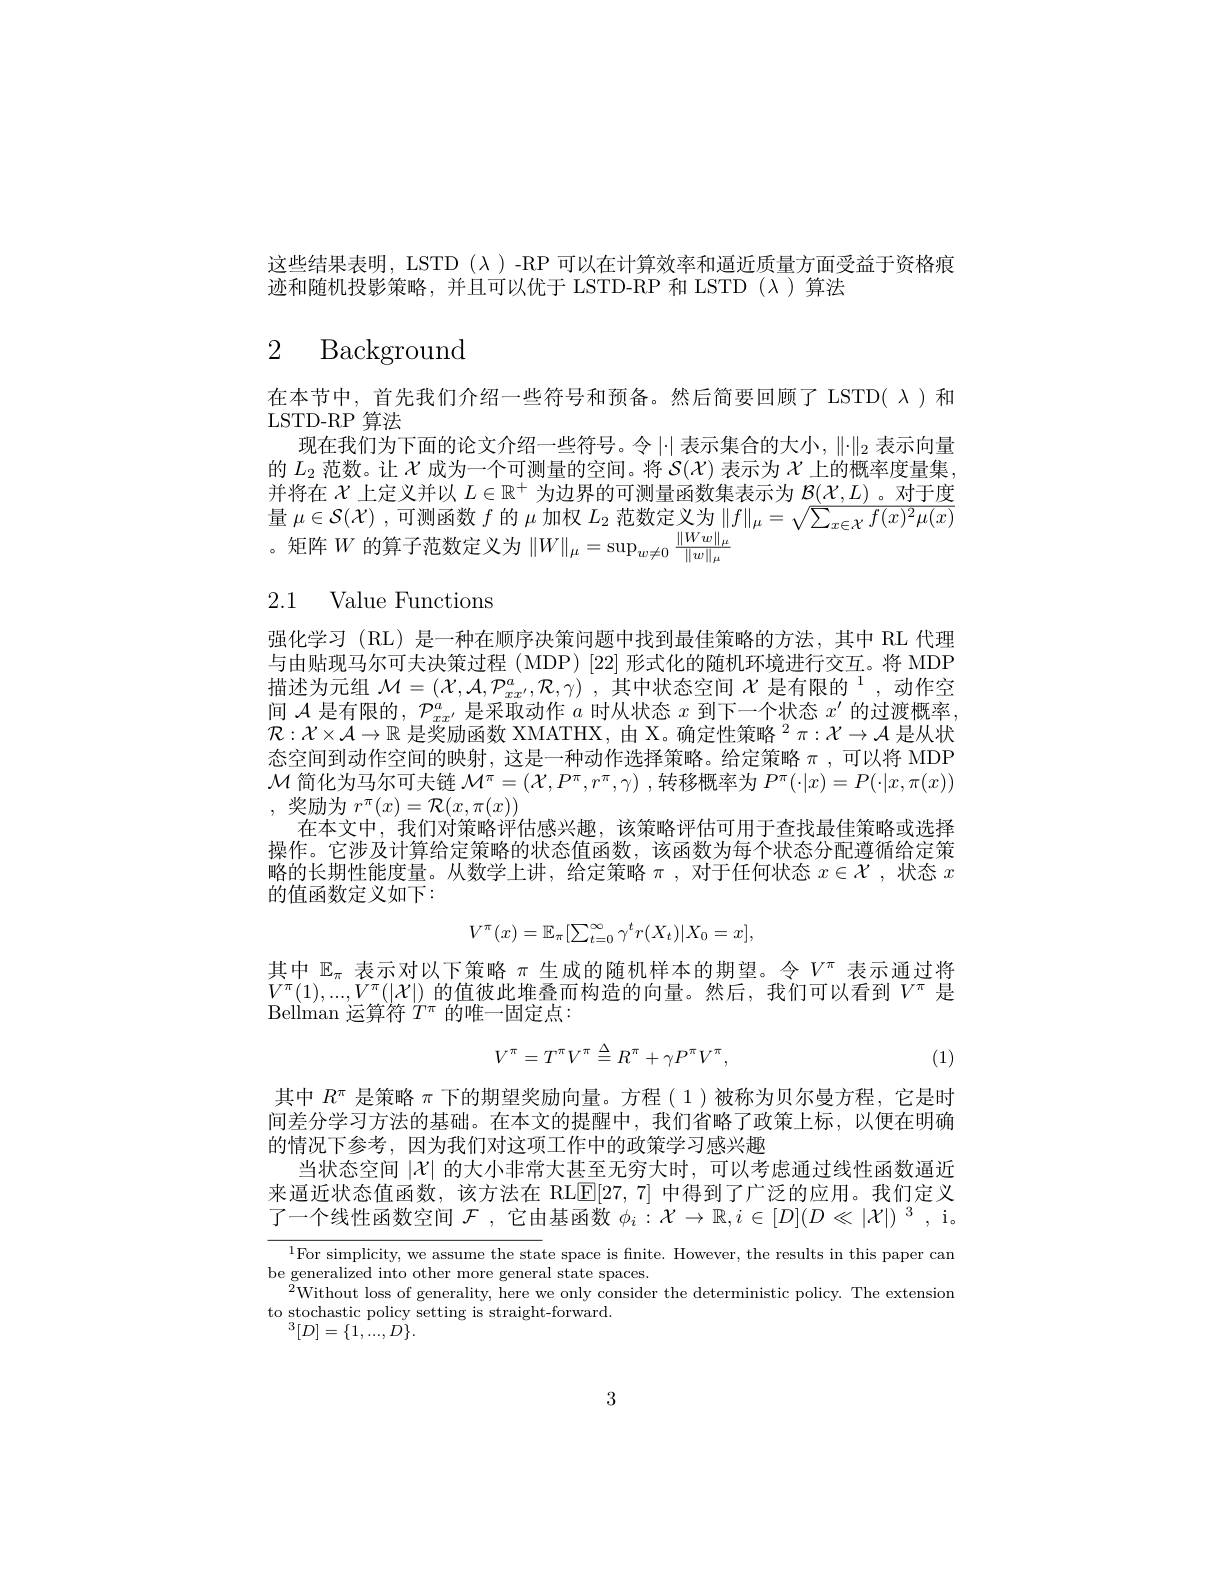
这些结果表明，LSTD(λ)-RP 可以在计算效率和逼近质量方面受益于资格痕
迹和随机投影策略，并且可以优于 LSTD-RP 和 LSTD (λ)算法

# 2 Background

在本节中，首先我们介绍一些符号和预备。然后简要回顾了 LSTD( $\lambda$)和
LSTD-RP 算法
现在我们为下面的论文介绍一些符号。令$|\cdot|$表示集合的大小，$\|\cdot\|_2$表示向量的$L_2$范数。让$\mathcal{X}$成为一个可测量的空间。将$\mathcal{S}(\mathcal{X})$表示为$\mathcal{X}$上的概率度量集并将在$\chi$上定义并以$L\in\mathbb{R}^+$为边界的可测量函数集表示为$\mathcal{B}(\mathcal{X},L)$ 。对于度量$\mu\in\mathcal{S}(\mathcal{X})$ ,可测函数$f$的$\mu$加权$L_2$范数定义为$\|f\|_\mu=\sqrt\sum_{x\in\mathcal{X}}f(x)^2\mu(x)$ ,矩阵$W$的算子范数定义为$\|W\|_\mu=\sup_w\neq0\frac{\|Ww\|_\mu}{\|w\|_\mu}$

# 2.1 Value Functions

强化学习(RL)是一种在顺序决策问题中找到最佳策略的方法，其中 RL 代理与由贴现马尔可夫决策过程 (MDP)[22] 形式化的随机环境进行交互。将 MDP 描述为元组$\mathcal{M} = ( \mathcal{X} , \mathcal{A} , \mathcal{P} _{xx^{\prime }}^a, \mathcal{R} , \gamma )$ ,其中状态空间$\mathcal{X} \text{ 是 有 限 的 }^1$,动作空间$\mathcal{A}$是有限的，$\mathcal{P}_xx^{\prime}$是采取动作$a$时从状态$x$到下一个状态$x^\prime$的过渡概率$\mathcal{R}:\mathcal{X}\times\mathcal{A}\to\mathbb{R}$是奖励函数 XMATHX, 由 X。确定性策略$^2\pi:\mathcal{X}\to\mathcal{A}$是从状态空间到动作空间的映射，这是一种动作选择策略。给定策略$\pi$,可以将 MDP $\mathcal{M}$简化为马尔可夫链$\mathcal{M}^\pi=(\mathcal{X},P^\pi,r^\pi,\gamma)$ ,转移概率为$P^\pi(\cdot|x)=P(\cdot|x,\pi(x))$ ,奖励为$r^\pi(x)=\mathcal{R}(x,\pi(x))$
在本文中，我们对策略评估感兴趣，该策略评估可用于查找最佳策略或选择操作。它涉及计算给定策略的状态值函数，该函数为每个状态分配遵循给定策略的长期性能度量。从数学上讲，给定策略$\pi$,对于任何状态 $x\in\mathcal{X}$, 状态 $x$ 的值函数定义如下：
$$V^{\pi}(x)=\mathbb{E}_{\pi}[\sum_{t=0}^{\infty}\gamma^{t}r(X_{t})|X_{0}=x],$$
其中$\mathbb{E}_\pi$表示对以下策略$\pi$生成的随机样本的期望。令$V^\pi$表示通过将$V^{\pi}(1),...,V^{\pi}(|\mathcal{X}|)$的值彼此堆叠而构造的向量。然后，我们可以看到$V^{\pi}$是Bellman 运算符 $T^{\pi}$ 的唯一固定点：
$$V^\pi=T^\pi V^\pi\stackrel{\Delta}{=}R^\pi+\gamma P^\pi V^\pi,$$
(1)

其中$R^\pi$是策略$\pi$下的期望奖励向量。方程(1)被称为贝尔曼方程，它是时间差分学习方法的基础。在本文的提醒中，我们省略了政策上标，以便在明确的情况下参考，因为我们对这项工作中的政策学习感兴趣
当状态空间$|\mathcal{X}|$的大小非常大甚至无穷大时，可以考虑通过线性函数逼近来逼近状态值函数，该方法在 RLE[27,7]中得到了广泛的应用。我们定义了一个线性函数空间$\mathcal{F}$ ,它由基函数$\phi_i:\mathcal{X}\to\mathbb{R},i\in[D](D\ll|\mathcal{X}|)^3$, i。

$^{1}$For simplicity, we assume the state space is finite. However, the results in this paper can
be generalized into other more general state spaces
$^{2}$Without loss of generality, here we only consider the deterministic policy. The extension
to stochastic policy setting is straight-forward.
$^3[D]=\{1,...,D\}.$

3